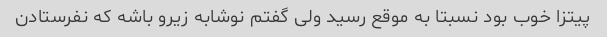
پیتزا خوب بود نسبتا به موقع رسید ولی گفتم نوشابه زیرو باشه که نفرستادن